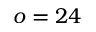
o = 2 4